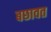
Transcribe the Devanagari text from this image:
बछावत